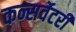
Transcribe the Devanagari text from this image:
कन्सर्वेटरी